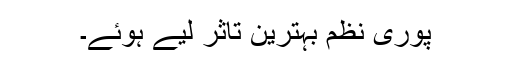
پوری نظم بہترین تاثر لیے ہوئے۔